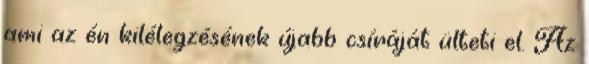
ami az én kilélegzésének újabb csíráját ülteti el. Az